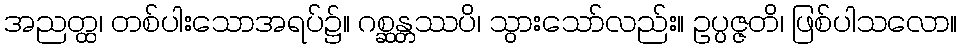
အညတ္ထ၊ တစ်ပါးသောအရပ်၌။ ဂစ္ဆန္တဿပိ၊ သွားသော်လည်း။ ဥပ္ပဇ္ဇတိ၊ ဖြစ်ပါသလော။